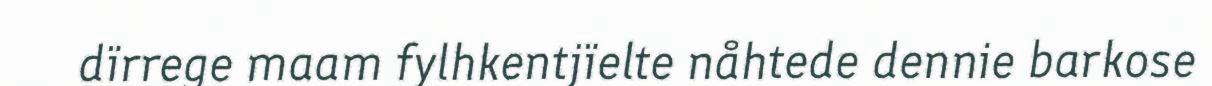
dïrrege maam fylhkentjïelte nåhtede dennie barkose